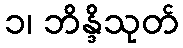
၁၊ ဘိန္ဒိသုတ်